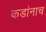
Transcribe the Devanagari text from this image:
कडांनाच